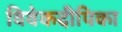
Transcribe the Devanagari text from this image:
विवेकदीपिका